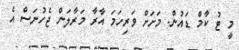
މީ ޓު ކާމް ޑައުން. މަށަށް ވަރިހަމަ އާރާ މަރާލަން ޖެހުނަސް އެ